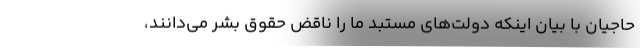
حاجیان با بیان اینکه دولت‌های مستبد ما را ناقض حقوق بشر می‌دانند،